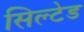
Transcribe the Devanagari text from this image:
सिल्टेड